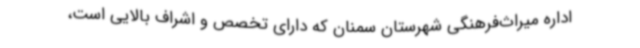
اداره میراث‌فرهنگی شهرستان سمنان که دارای تخصص و اشراف بالایی است،